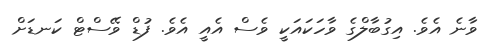
ވާނެ އެވެ. އިގުބާލްގެ ވާހަކައަކީ ވެސް އެއީ އެވެ. ފުޑް ވޭސްޓް ކަނޑަށް